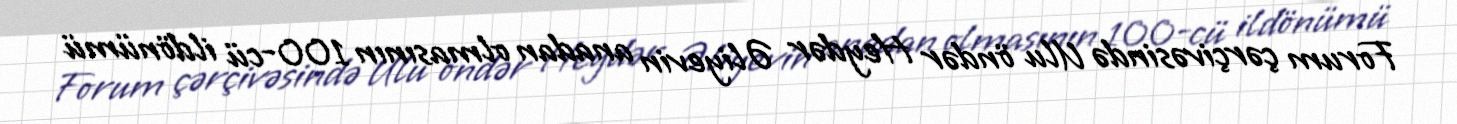
Forum çərçivəsində Ulu öndər Heydər Əliyevin anadan olmasının 100-cü ildönümü